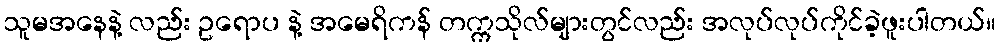
သူမအနေနဲ့ လည်း ဥရောပ နဲ့ အမေရိကန် တက္ကသိုလ်များတွင်လည်း အလုပ်လုပ်ကိုင်ခဲ့ဖူးပါတယ်။